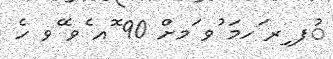
ުފ ިރ ަހމަ ުވ ަމށް 90 ޮއ ެވ ޭވ ހެ